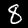
Label: 8